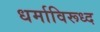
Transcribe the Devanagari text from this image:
धर्माविरूध्द